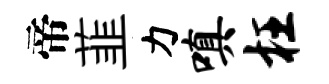
帝韮力嗔枉